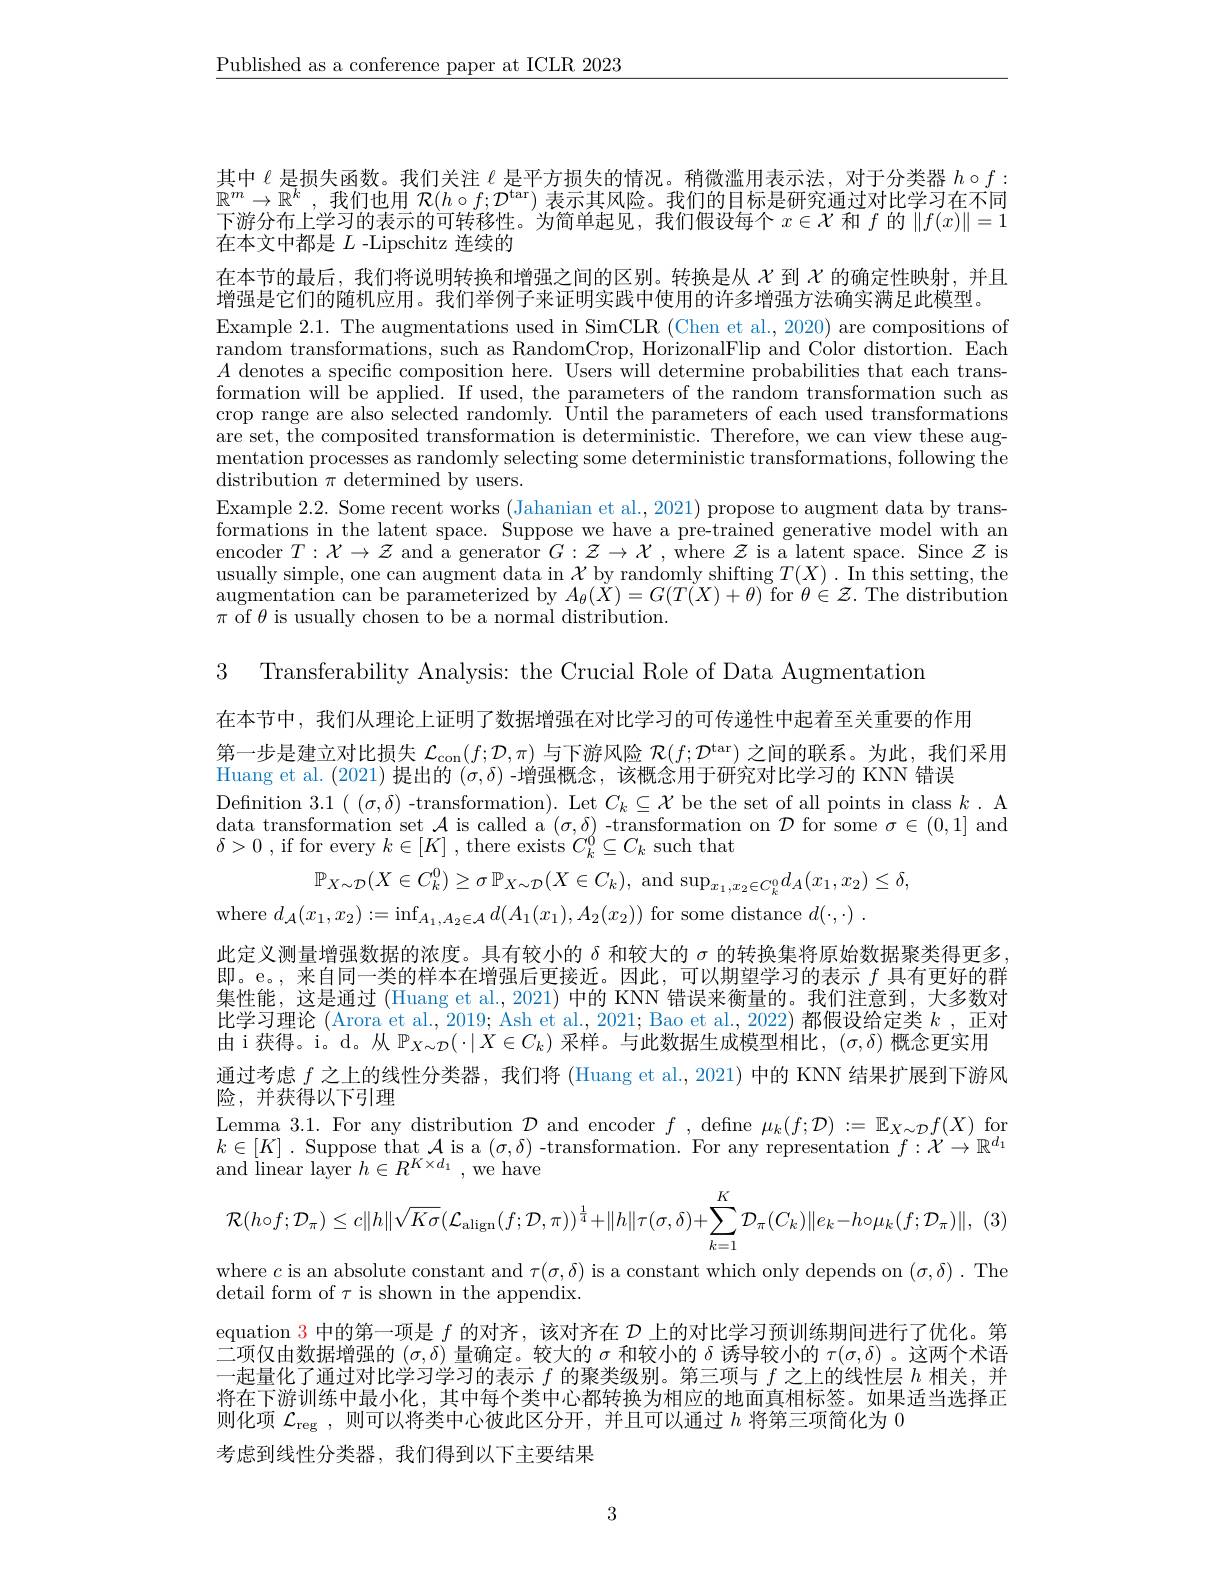
$\underline{\text{Published as a conference paper at ICLR 2023}}$

其中$\ell$是损失函数。我们关注$\ell$是平方损失的情况。稍微滥用表示法，对于分类器$h\circ f:$ $\mathbb{R}^m\to\mathbb{R}^k$。我们也用$\mathcal{R} ( h\circ f{: }\mathcal{D} ^\mathrm{tar})$表示其风险。我们的目标是研究诵讨对比学习在不同下游分布上学习的表示的可转移性。为简单起见，我们假设每个$x\in\mathcal{X}$和$f$的$\|f(x)\|=1$ 在本文中都是$L$ -Lipschitz 连续的

在本节的最后，我们将说明转换和增强之间的区别。转换是从$\chi$到$\chi$的确定性映射，并且
增强是它们的随机应用。我们举例子来证明实践中使用的许多增强方法确实满足此模型。
Example 2.1. The augmentations used in SimCLR (Chen et al., 2020) are compositions of random transformations, such as RandomCrop, HorizonalFlip and Color distortion. Each $A$ denotes a specific composition here. Users will determine probabilities that each transformation will be applied. If used, the parameters of the random transformation such as crop range are also selected randomly. Until the parameters of each used transformations are set, the composited transformation is deterministic. Therefore, we can view these augmentation processes as randomly selecting some deterministic transformations, following the distribution $\pi$ determined by users.
Example 2.2. Some recent works (Jahanian et al., 2021) propose to augment data by transformations in the latent space. Suppose we have a pre-trained generative model with an encoder $T:\mathcal{X}\to\mathcal{Z}$ and a generator $G:\mathcal{Z}\to\mathcal{X}$, where $\mathcal{Z}$ is a latent space. Since $\mathcal{Z}$ is $\begin{array}{l}\text{usually simple, one can augment data in }\mathcal{X}\text{ by randomly shifting }T(X).\text{ In this setting, the}\\\text{augmentation can be parameterized by }A_{\theta}(X)=G(T(X)+\theta)\text{ for }\theta\in\mathcal{Z}.\text{ The distribution}\end{array}$ $\pi$ of $\theta$ is usually chosen to be a normal distribution.

在本节中，我们从理论上证明了数据增强在对比学习的可传递性中起着至关重要的作用
第一步是建立对比损失$\mathcal{L} _\mathrm{con}( f; \mathcal{D} , \pi )$与下游风险$\mathcal{R} ( f; \mathcal{D} ^\mathrm{tar})$之间的联系。为此，我们采用
Huang et al. (2021) 提出的$(\sigma,\delta)$ -增强概念，该概念用于研究对比学习的 KNN 错误
Definition $3.1((\sigma,\delta)$ -transformation). Let $C_k\subseteq\mathcal{X}$ be the set of all points in class $k.$ A data transformation set $\mathcal{A}$ is called a $(\sigma,\delta)$ -transformation on $\mathcal{D}$ for some $\sigma\in(0,1]$ and $\delta > 0$ , if for every $k\in [ K]$ , there exists $C_k^0\subseteq C_k$ such that

3 Transferability Analysis: the Crucial Role of Data Augmentation
$\mathbb{P}_{X\sim\mathcal{D}}(X\in C_k^0)\geq\sigma\mathbb{P}_{X\sim\mathcal{D}}(X\in C_k)$, and sup$_x_1,x_2\in C_k^0d_A(x_1,x_2)\leq\delta$,
where $d_{\mathcal{A}}(x_{1},x_{2}):=\inf_{A_{1},A_{2}\in\mathcal{A}}d(A_{1}(x_{1}),A_{2}(x_{2}))$ for some distance $d(\cdot,\cdot).$
此定义测量增强数据的浓度。具有较小的$\delta$和较大的$\sigma$的转换集将原始数据聚类得更多即。e。,来自同一类的样本在增强后更接近。因此，可以期望学习的表示$f$具有更好的群集性能，这是通过 (Huang et al., 2021) 中的 KNN 错误来衡量的。我们注意到，大多数对比学习理论(Arora et al., 2019; Ash et al., 2021; Bao et al., 2022) 都假设给定类$k$,正对由 i 获得。i。d。从$\mathbb{P}_{X\sim\mathcal{D}}(\cdot|\dot{X}\in C_k)$采样。与此数据生成模型相比，$(\sigma,\delta)$概念更实用通过考虑$f$之上的线性分类器，我们将 (Huang et al., 2021) 中的 KNN 结果扩展到下游风险，并获得以下引理
$\begin{array}{l}{\text{Lemma 3.1. For any distribution }\mathcal{D}\mathrm{~and~encoder~}f,\mathrm{~define~}\mu_{k}(f;\mathcal{D}):=\mathbb{E}_{X\sim\mathcal{D}}f(X)\mathrm{~for}}\\{k\in[K].\text{ Suppose that }\mathcal{A}\mathrm{~is~a~}(\sigma,\delta)\mathrm{~-transformation.~For~any~representation~}f:\mathcal{X}\to\mathbb{R}^{d_{1}}}\end{array}$
and linear layer $h\in R^{K\times d_{1}}$,we have
$$\mathcal{R}(h\circ f;\mathcal{D}_{\pi})\leq c\|h\|\sqrt{K\sigma}(\mathcal{L}_{\mathrm{align}}(f;\mathcal{D},\pi))^{\frac{1}{4}}+\|h\|\tau(\sigma,\delta)+\sum_{k=1}^{K}\mathcal{D}_{\pi}(C_{k})\|e_{k}-h\circ\mu_{k}(f;\mathcal{D}_{\pi})\|,$$
where $c$ is an absolute constant and $\tau(\sigma,\delta)$ is a constant which only depends on $(\sigma,\delta).$ The
detail form of $\tau$ is shown in the appendix.
equation $\color{red}{3}$中的第一项是$f$的对齐，该对齐在$\mathcal{D}$上的对比学习预训练期间进行了优化。第二项仅由数据增强的$(\sigma,\delta)$量确定。较大的$\sigma$和较小的$\delta$诱导较小的$\tau(\sigma,\delta)$ 。这两个术语
化了通过对比学习学习的表示$f$的聚类级别。第三项与$f$之上的线性层$h$相关，并
将在下游训练中最小化，其中每个类中心都转换为相应的地面真相标签。如果适当选择正
则化项$\mathcal{L}_\mathrm{reg}$,则可以将类中心彼此区分开，并且可以通过$h$将第三项简化为 0
考虑到线性分类器，我们得到以下主要结果

3